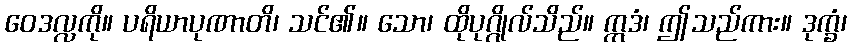
ဝေဒလ္လကို။ ပရိယာပုဏာတိ၊ သင်၏။ သော၊ ထိုပုဂ္ဂိုလ်သိည်။ ဣဒံ၊ ဤသည်ကား။ ဒုက္ခံ၊